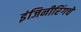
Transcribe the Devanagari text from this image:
इंजिनीरिंगचे